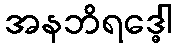
အနဘိရဒ္ဓေါ